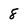
Character: 8